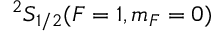
{ } ^ { 2 } S _ { 1 / 2 } ( F = 1 , m _ { F } = 0 )